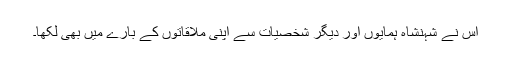
اس نے شہنشاہ ہمایوں اور دیگر شخصیات سے اپنی ملاقاتوں کے بارے میں بھی لکھا۔